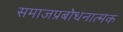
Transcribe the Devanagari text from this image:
समाजप्रबोधनात्मक